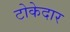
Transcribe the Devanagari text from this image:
टोकेदार